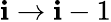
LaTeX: \mathbf{i}\to\mathbf{i}-1